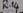
Text: R14